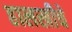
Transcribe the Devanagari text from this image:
हालखीचे